Lock hospitals Punjab
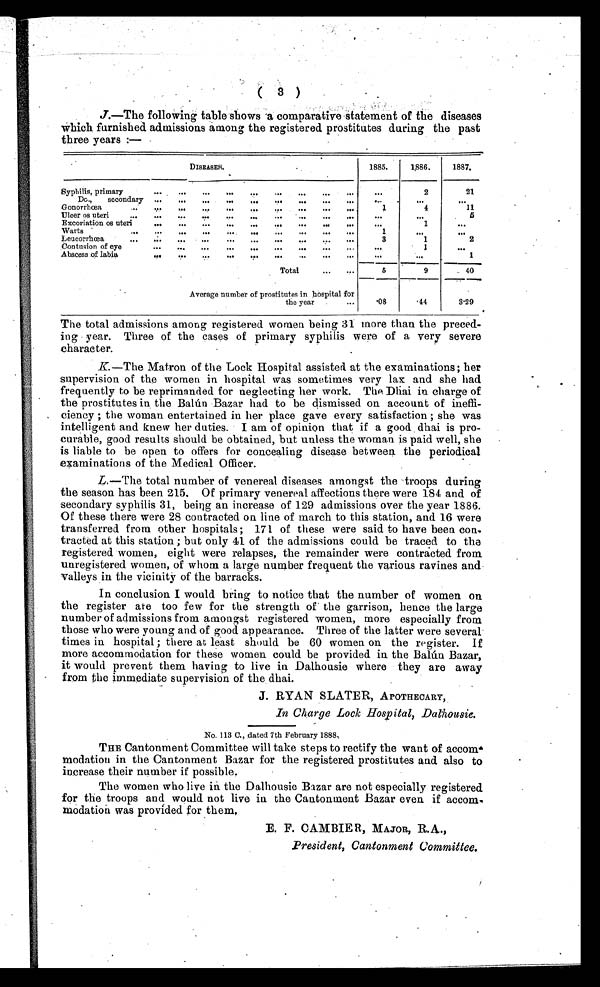
( 3 )
J.—The following table shows a comparative statement of the diseases
which furnished admissions among the registered prostitutes during the past
three years :—
DISEASES.
1885.
1886.
1887.
Syphilis, primary
. . .
. . .
. . .
. . . . . .
. . . . . .
. . .
...
. . .
2
21
Do., secondary . . .
. . .
. . .
. . .
. . .
. . . . . .
. . .
. . .
. . . . . .
...
Gonorrhoea
...
. . .
. . .
. . .
. . .
. . . . . .
. . .
. . .
. . .
1
4
11
Ulcer us uteri
...
. . .
. . .
...
. . .
. . . . . .
. . .
. . .
. . .
. . . . . .
5
Excoriation os uteri
. . .
. . .
. . .
. . .
. . .
. . . . . .
. . .
. . .
. . .
1
. . .
Warts
...
. . .
. . .
. . .
. . .
. . .
. . .
. . .
. . .
. . .
1
. . .
. . .
Leucorrhcea
.. . . .
. . .
. . . . . .
. . .
. . .
. . .
. . .
. . .
3
1
2
Contusion of eye
. . .
. . . ...
. . . . . .
. . .
. . .
. . . . . .
. . .
1
. . .
Abscess of labia
. . .
. . .
. . . . . .
. . .
. . .
. . .
. . . . . .
. . . . . .
1
Total
. . .
5
9
40
Average numberof prostitutes in hospital for
the year
. 0 8 .44
3.29 .
The total admissions among registered women being 31 more than the preced-
ing year. Three of the cases of primary syphilis were of a very severe
character.
K.—The Matron of the Lock Hospital assisted at the examinations; her
supervision of the women in hospital was sometimes very lax and she had
frequently to be reprimanded for neglecting her work. The Dhai in charge of
the prostitutes in the Balún Bazar had to be dismissed on account of ineffi-
ciency ; the woman entertained in her place gave every satisfaction ; she was
intelligent and knew her duties. I am of opinion that if a good dhai is pro-
curable, good results should be obtained, but unless the woman is paid well, she
is liable to be open to offers for concealing disease between the periodical
examinations of the Medical Officer.
L.—The total number of venereal diseases amongst the troops during
the season has been 215. Of primary venereal affections there were 184 and of
secondary syphilis 31, being an increase of 129 admissions over the year 1886.
Of these there were 28 contracted on line of march to this station, and 16 were
transferred from other hospitals ; 171 of these were said to have been con,
tracted at this station ; but only 41 of the admissions could be traced to the
registered women, eight were relapses, the remainder were contracted from
unregistered women, of whom a large number frequent the various ravines and
valleys in the vicinity of the barracks.
In conclusion I would bring to notice that the number of women on
the register ate too few for the strength of the garrison, hence the large
number of admissions from amongst registered women, more especially from
those who were young and of good appearance. Three of the latter were several
times in hospital ; there at least should be 60 women on the register. If
more accommodation for these women could be provided in the Balún Bazar,
it would prevent them having to live in Dalhousie where they are away
from the immediate supervision of the dhai.
J. RYAN SLATER, APOTHECARY,
In Charge Lock Hospital, Dalhousie.
No. 113 C., dated 7th February 1888,
THE Cantonment Committee will take steps to rectify the want of accom-
modation in the Cantonment Bazar for the registered prostitutes and also to
increase their number if possible,
The women who live in the Dalhousie Bazar are not especially registered
for the troops and. would not live in the Cantonment Bazar even if accom-.
modation was provided for them.
E. F. CAMBIER, MAJOR, R. A..,
President, Cantonment committee.